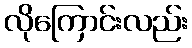
လိုကြောင်းလည်း